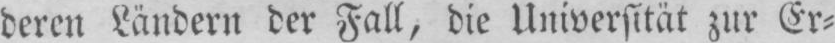
deren Ländern der Fall, die Universität zur Er⸗